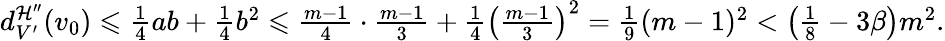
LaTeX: \begin{array}{r}{d_{V^{\prime}}^{\mathcal{H}^{\prime\prime}}(v_{0})\leqslant\frac{1}{4}ab+\frac{1}{4}b^{2}\leqslant\frac{m-1}{4}\cdot\frac{m-1}{3}+\frac{1}{4}\left(\frac{m-1}{3}\right)^{2}=\frac{1}{9}(m-1)^{2}<\left(\frac{1}{8}-3\beta\right)m^{2}.}\end{array}